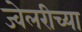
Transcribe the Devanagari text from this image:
ज्वेलरीच्या